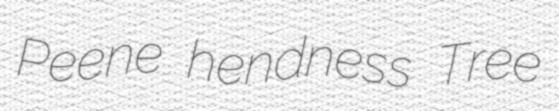
Peene hendness Tree